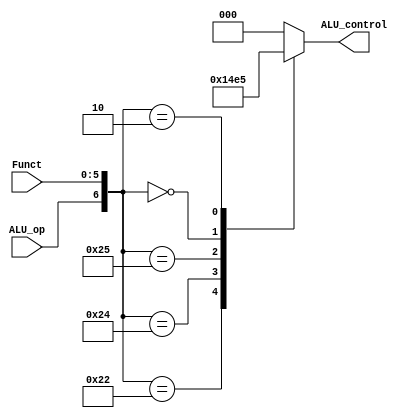
`timescale 1ns / 1ps
//////////////////////////////////////////////////////////////////////////////////
// Company: 
// Engineer: 
// 
// Design Name: 
// Module Name:    ALU_control 
// Project Name: 
// Target Devices: 
// Tool versions: 
// Description: 
//
// Dependencies: 
//
// Revision: 
// Revision 0.01 - File Created
// Additional Comments: 
//
//////////////////////////////////////////////////////////////////////////////////
module ALU_control(
    input [5:0] Funct,
	 input ALU_op,
    output reg[2:0] ALU_control
    );
	 
wire [6:0] ALU_control_in;
assign ALU_control_in = {ALU_op,Funct};
always@(ALU_control_in)
casex(ALU_control_in)
7'b0100000: ALU_control = 3'b000;
7'b0100010: ALU_control = 3'b001;
7'b0100100: ALU_control = 3'b010;
7'b0100101: ALU_control = 3'b011;
7'b0000000: ALU_control = 3'b100;
7'b0000010: ALU_control = 3'b101;
default: ALU_control = 3'b000;

endcase
endmodule